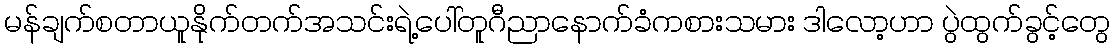
မန်ချက်စတာယူနိုက်တက်အသင်းရဲ့ပေါ်တူဂီညာနောက်ခံကစားသမား ဒါလော့ဟာ ပွဲထွက်ခွင့်တွေ